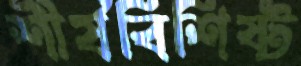
শীর্ষবিশিষ্ট